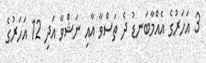
3 އަހަރުގެ އެއްމާބަނޑު ދެ ތަސްވާ އާއި ނަޝްވާ އަދި 12 އަހަރުގެ